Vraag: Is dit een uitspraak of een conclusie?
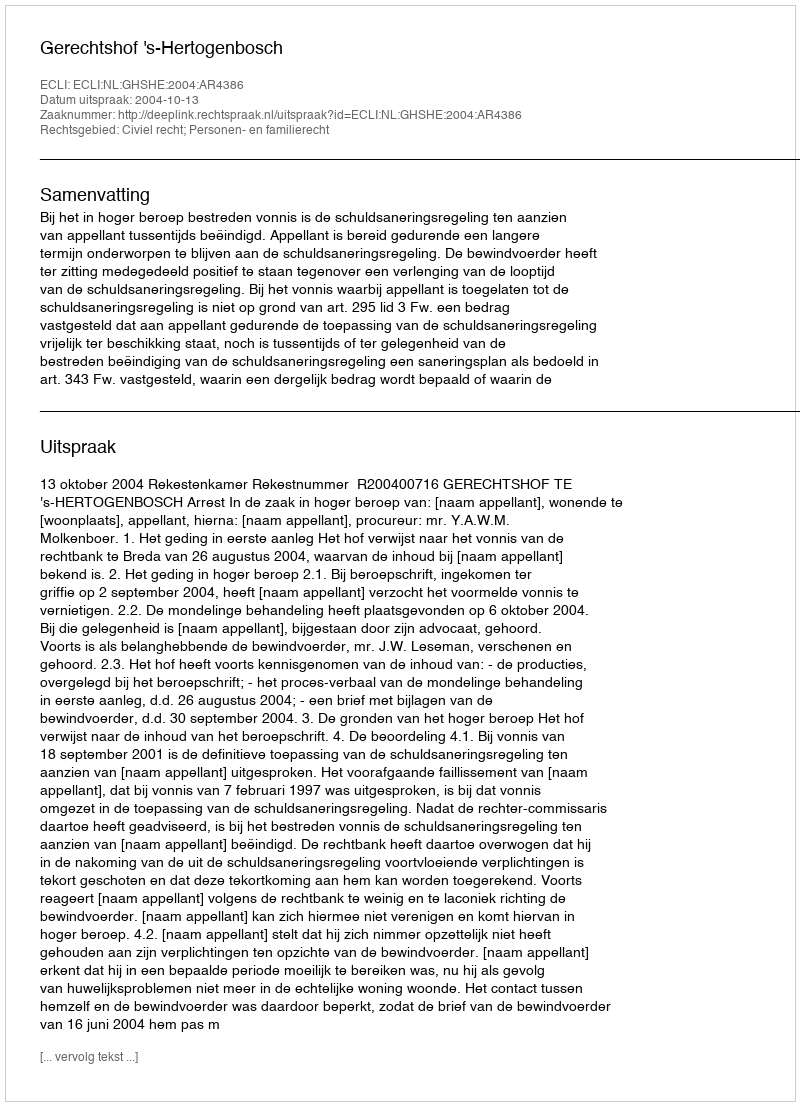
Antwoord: Uitspraak